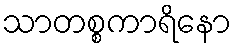
သာတစ္စကာရိနော